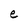
Character: e